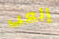
إلعب